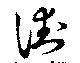
街